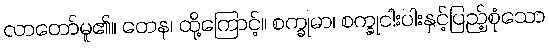
လာတော်မူ၏။ တေန၊ ထို့ကြောင့်။ စက္ခုမာ၊ စက္ခုငါးပါးနှင့်ပြည့်စုံသော